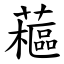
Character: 藲